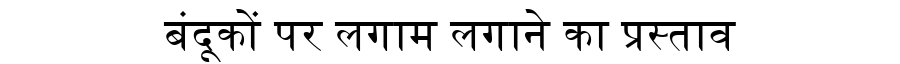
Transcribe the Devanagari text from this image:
बंदूकों पर लगाम लगाने का प्रस्ताव